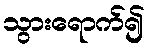
သွားရောက်၍